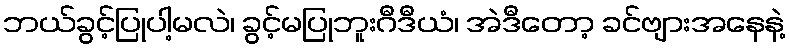
ဘယ်ခွင့်ပြုပါ့မလဲ၊ ခွင့်မပြုဘူးဂီဒီယံ၊ အဲဒီတော့ ခင်ဗျားအနေနဲ့